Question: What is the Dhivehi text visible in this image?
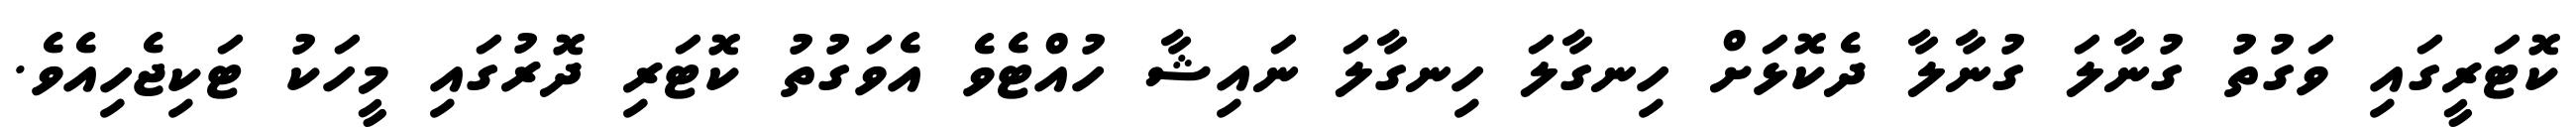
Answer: ކޮޓަރީގައި ވަގުތު ގުނާލަ ގުނާލާ ދެކޮޅަށް ހިނގާލަ ހިނގާލަ ނައިޝާ ހުއްޓެވެ އެވަގުތު ކޮޓަރި ދޮރުގައި މީހަކު ޓަކިޖެހިއެވެ.